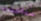
سنأخذها